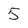
Character: 5